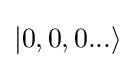
|0,0,0...\rangle